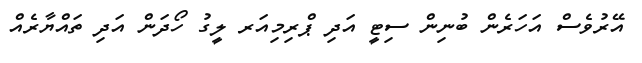
އޭރުވެސް އަހަރެން ބުނިން ސިޓީ އަދި ޕްރިމިއަރ ލީގު ހޯދަން އަދި ތައްޔާރެއް